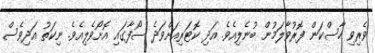
ވެރިވި ހާސްކަން ފޮރުވާލަމުން ބުނެލިއެވެ. އަދި ކޮޓަރިއަށްވަދެ ސޯފާގައި އޮށޯވެލިއެވެ. ނިކަތު އަދިވެސް